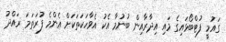
ގައުމީ ފުޓްބޯޅައިގެ މައި އިދާރާއިން ބުނުމާ އެކު އެވާހަކަތަކަށް އެންމެ ފުރަތަމަ ރައްދު